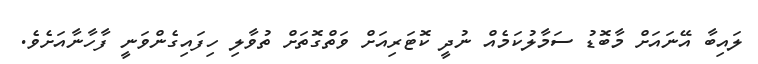
ލައިބާ އޭނައަށް މާބޮޑު ސަމާލުކަމެއް ނުދީ ކޮޓަރިއަށް ވަތްގޮތަށް ތުވާލި ހިފައިގެންވަނީ ފާހާނާއަށެވެ.